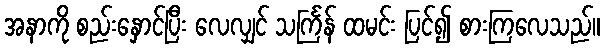
အနာကို စည်းနှောင်ပြီး လေလျှင် သင်္ကြန် ထမင်း ပြင်၍ စားကြလေသည်။